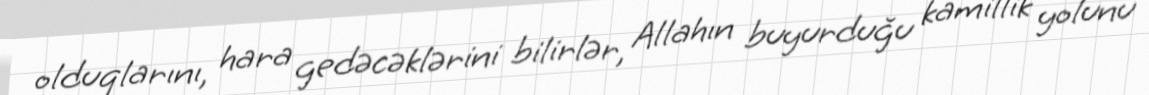
olduqlarını, hara gedəcəklərini bilirlər, Allahın buyurduğu kamillik yolunu